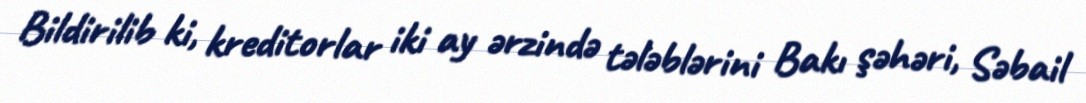
Bildirilib ki, kreditorlar iki ay ərzində tələblərini Bakı şəhəri, Səbail